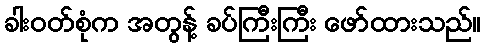
ခါးဝတ်စုံက အတွန့် ခပ်ကြီးကြီး ဖော်ထားသည်။